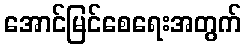
အောင်မြင်စေရေးအတွက်